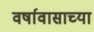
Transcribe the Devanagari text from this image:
वर्षावासाच्या